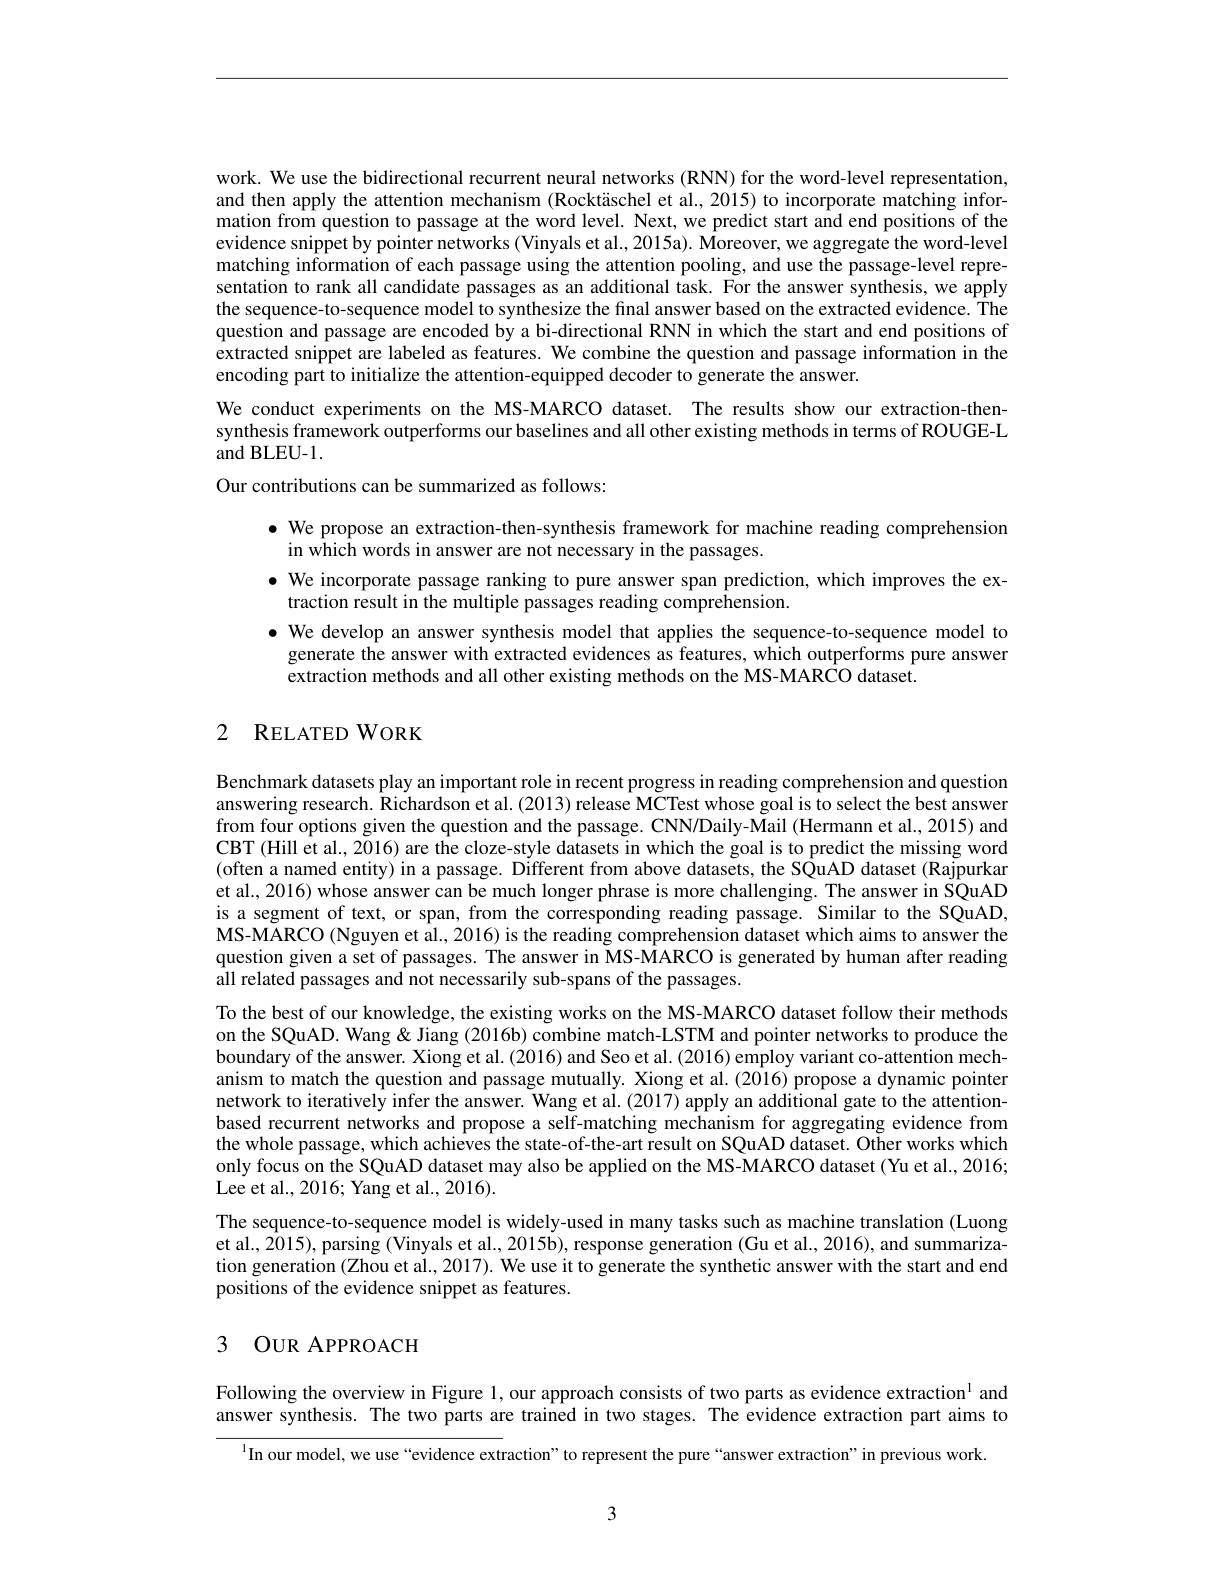
work. We use the bidirectional recurrent neural networks (RNN) for the word-level representation, and then apply the attention mechanism (Rocktäschel et al., 2015) to incorporate matching information from question to passage at the word level. Next, we predict start and end positions of the evidence snippet by pointer networks (Vinyals et al., 2015a). Moreover, we aggregate the word-level matching information of each passage using the attention pooling, and use the passage-level representation to rank all candidate passages as an additional task. For the answer synthesis, we apply the sequence-to-sequence model to synthesize the final answer based on the extracted evidence. The question and passage are encoded by a bi-directional RNN in which the start and end positions of extracted snippet are labeled as features. We combine the question and passage information in the encoding part to initialize the attention-equipped decoder to generate the answer.
We conduct experiments on the MS-MARCO dataset. The results show our extraction-thensynthesis framework outperforms our baselines and all other existing methods in terms of ROUGE-L and BLEU-1.

Our contributions can be summarized as follows:

$\bullet$ We propose an extraction-then-synthesis framework for machine reading comprehension
in which words in answer are not necessary in the passages.
$\bullet$ We incorporate passage ranking to pure answer span prediction, which improves the ex-
traction result in the multiple passages reading comprehension.
· We develop an answer synthesis model that applies the sequence-to-sequence model to
generate the answer with extracted evidences as features, which outperforms pure answer
extraction methods and all other existing methods on the MS-MARCO dataset.

## 2 RELATED WORK

Benchmark datasets play an important role in recent progress in reading comprehension and question answering research. Richardson et al. (2013) release MCTest whose goal is to select the best answer from four options given the question and the passage. CNN/Daily-Mail (Hermann et al., 2015) and CBT(Hill et al., 2016) are the cloze-style datasets in which the goal is to predict the missing word (often a named entity) in a passage. Different from above datasets, the SQuAD dataset (Rajpurkar et al., 2016) whose answer can be much longer phrase is more challenging. The answer in SQuAD is a segment of text, or span, from the corresponding reading passage. Similar to the SQuAD, MS-MARCO (Nguyen et al., 2016) is the reading comprehension dataset which aims to answer the question given a set of passages. The answer in MS-MARCO is generated by human after reading $\hat{\text{all related passages and not necessarily sub-spans of the passages.}}$
To the best of our knowledge, the existing works on the MS-MARCO dataset follow their methods on the SQuAD. Wang & Jiang (2016b) combine match-LSTM and pointer networks to produce the boundary of the answer. Xiong et al. (2016) and Seo et al. (2016) employ variant co-attention mechanism to match the question and passage mutually. Xiong et al. (2016) propose a dynamic pointer network to iteratively infer the answer. Wang et al. (2017) apply an additional gate to the attentionbased recurrent networks and propose a self-matching mechanism for aggregating evidence from the whole passage, which achieves the state-of-the-art result on SQuAD dataset. Other works which only focus on the SQuAD dataset may also be applied on the MS-MARCO dataset (Yu et al., 2016; Lee et al., 2016; Yang et al., 2016).
The sequence-to-sequence model is widely-used in many tasks such as machine translation (Luong et al., 2015), parsing (Vinyals et al., 2015b), response generation (Gu et al., 2016), and summarization generation (Zhou et al., 2017). We use it to generate the synthetic answer with the start and end positions of the evidence snippet as features.

## 3 OUR APPROACH

Following the overview in Figure 1, our approach consists of two parts as evidence extraction$^{\mathrm{l}}$ and answer synthesis. The two parts are trained in two stages. The evidence extraction part aims to

In our model, we use“evidence extraction” to represent the pure“answer extraction" in previous work.

3